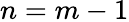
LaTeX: n=m-1